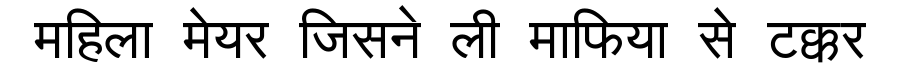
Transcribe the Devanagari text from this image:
महिला मेयर जिसने ली माफिया से टक्कर